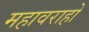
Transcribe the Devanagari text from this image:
महावराहो